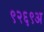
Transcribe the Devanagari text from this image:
९२६९अ